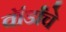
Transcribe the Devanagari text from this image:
वॉर्डांचे